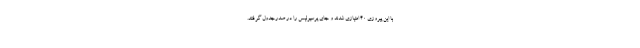
با این پیروزی ۴۰ امتیازی شدند و جای پرسپولیس را در صدرجدول گرفتند.